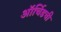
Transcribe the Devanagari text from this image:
ऑर्चिडची